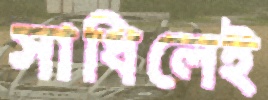
সাধিলেই